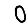
Digit: 0